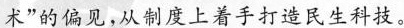
术”的偏见，从制度上着手打造民生科技。